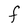
Character: F